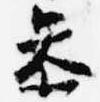
参